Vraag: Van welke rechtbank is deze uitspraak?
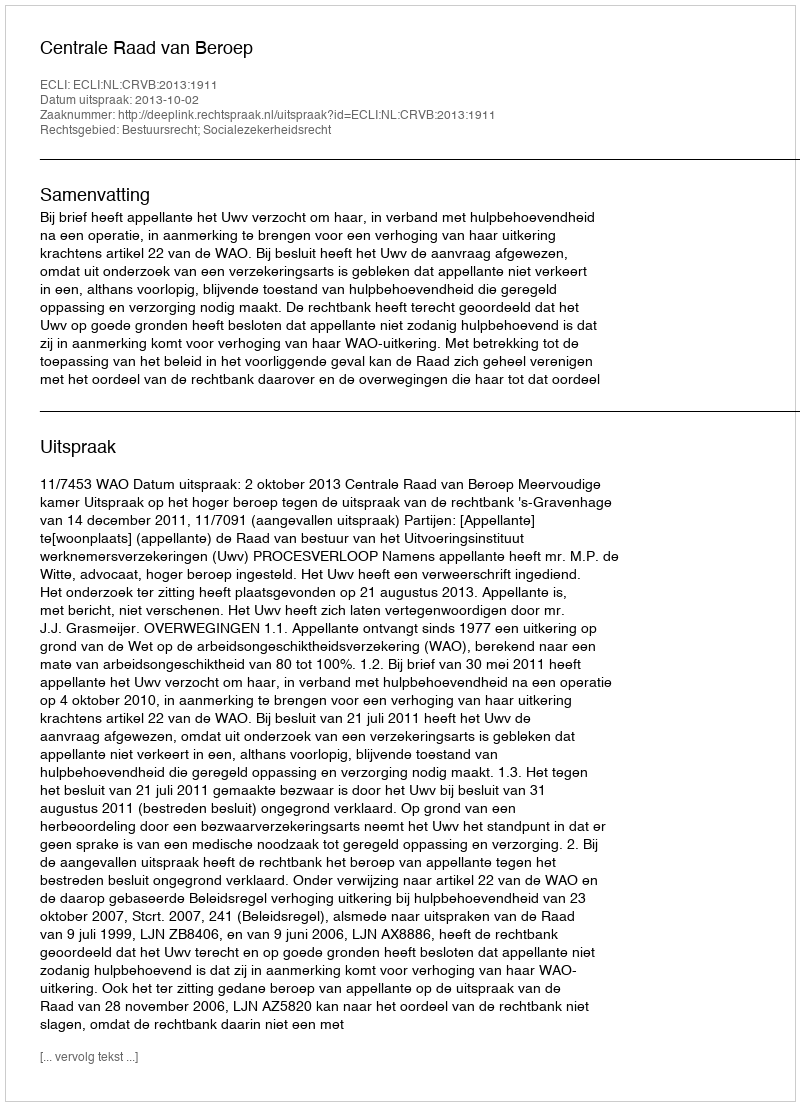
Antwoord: Centrale Raad van Beroep